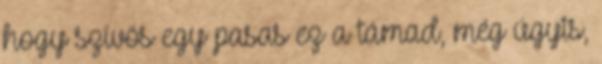
hogy szívós egy pasas ez a támad, még úgyis,